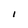
Character: I